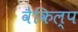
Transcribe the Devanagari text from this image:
वैकिल्प